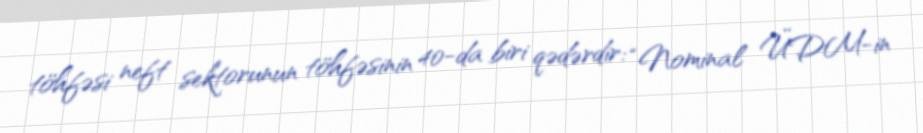
töhfəsi neft sektorunun töhfəsinin 40-da biri qədərdir: “Nominal ÜDM-in